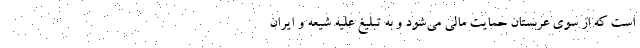
است که از سوی عربستان حمایت مالی می‌شود و به تبلیغ علیه شیعه و ایران